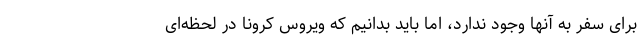
برای سفر به آنها وجود ندارد، اما باید بدانیم که ویروس کرونا در لحظه‌ای